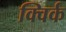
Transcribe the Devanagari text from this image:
क्विर्क